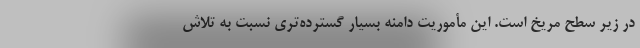
در زیر سطح مریخ است. این مأموریت دامنه بسیار گسترده‌تری نسبت به تلاش